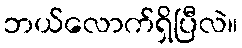
ဘယ်လောက်ရှိပြီလဲ။